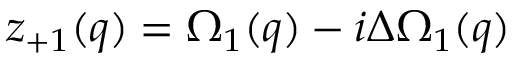
z _ { + 1 } ( q ) = \Omega _ { 1 } ( q ) - i \Delta \Omega _ { 1 } ( q )